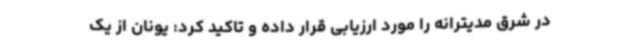
در شرق مدیترانه را مورد ارزیابی قرار داده و تاکید کرد: یونان از یک